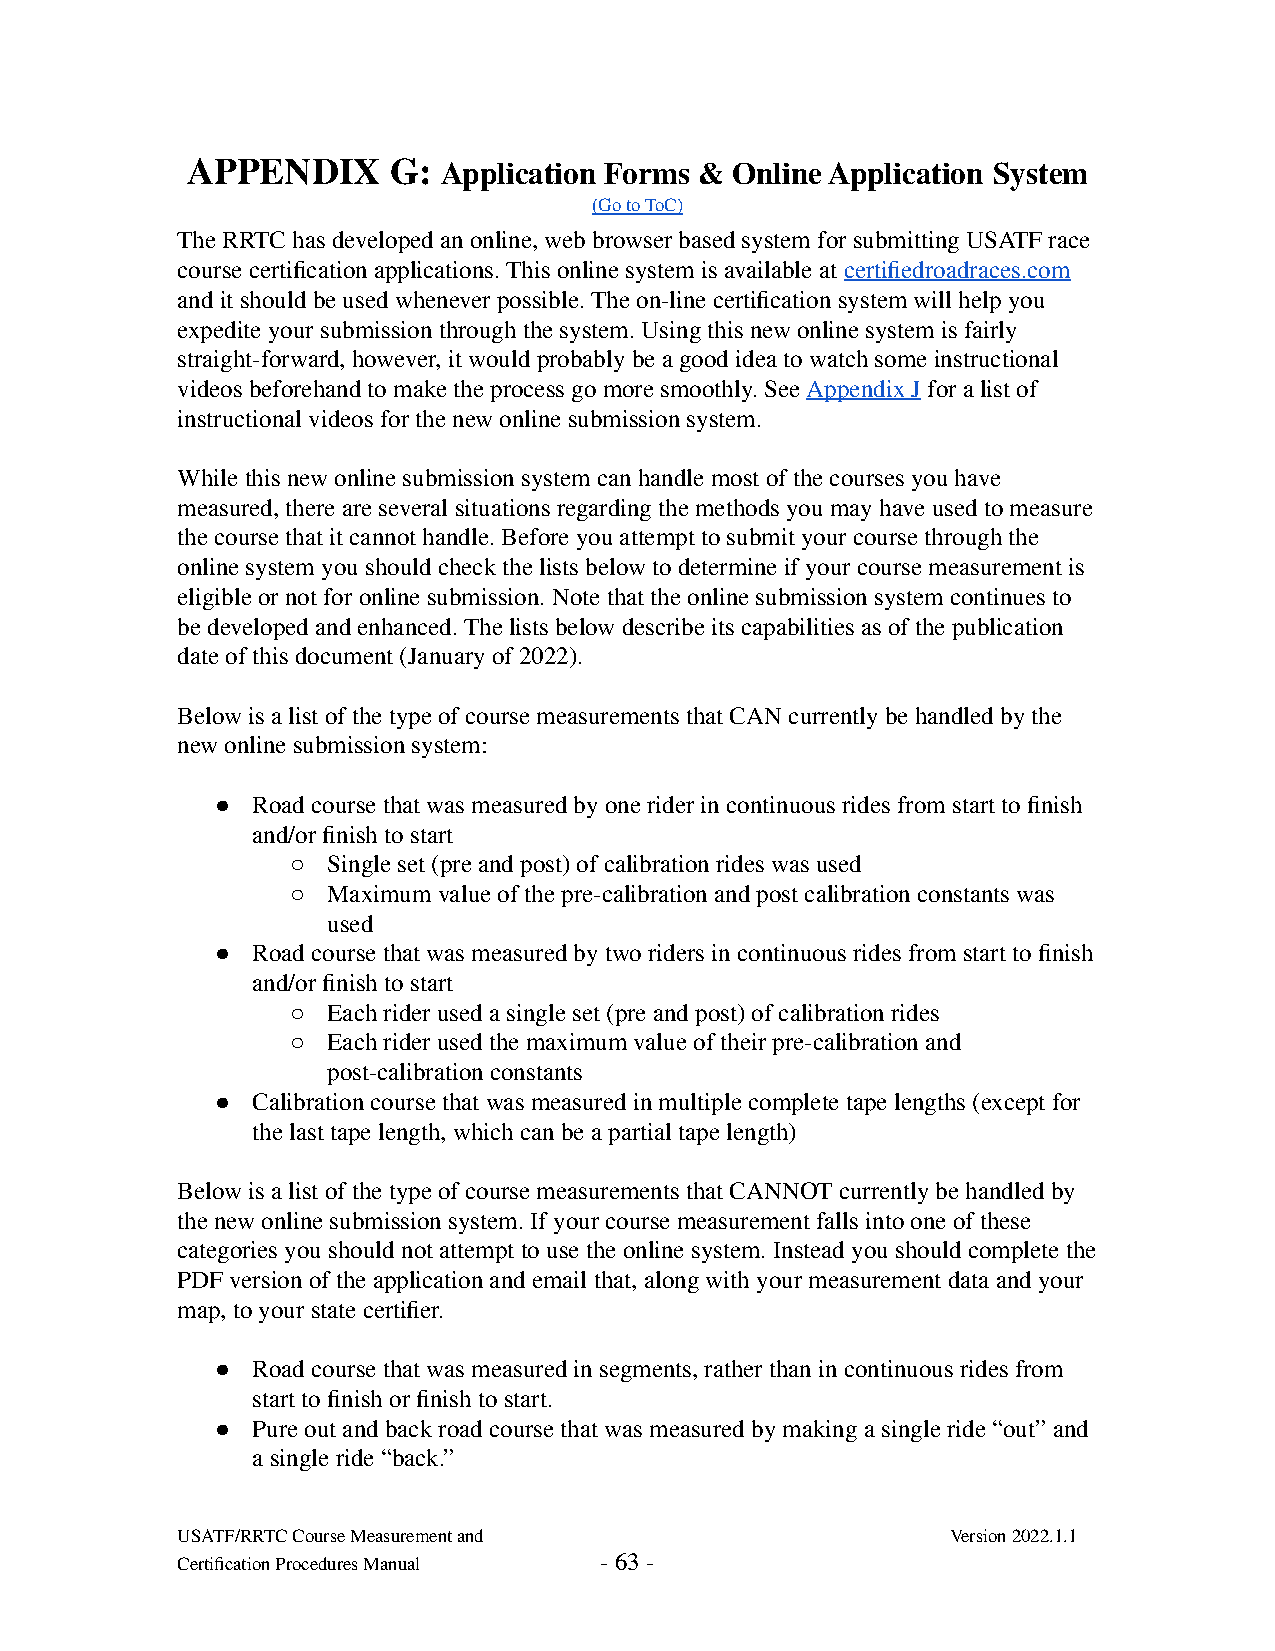
APPENDIX      G: Application Forms & Online Application System
 (Go to ToC)
 The RRTC has developed an online, web browser based system for submitting USATF race
 course certification applications. This online system is available at certifiedroadraces.com
 and it should be used whenever possible. The on-line certification system will help you
 expedite your submission through the system. Using this new online system is fairly
 straight-forward, however, it would probably be a good idea to watch some instructional
 videos beforehand to make the process go more smoothly. See Appendix J for a list of
 instructional videos for the new online submission system.
 While this new online submission system can handle most of the courses you have
 measured, there are several situations regarding the methods you may have used to measure
 the course that it cannot handle. Before you attempt to submit your course through the
 online system you should check the lists below to determine if your course measurement is
 eligible or not for online submission. Note that the online submission system continues to
 be developed and enhanced. The lists below describe its capabilities as of the publication
 date of this document (January of 2022).
 Below is a list of the type of course measurements that CAN currently be handled by the
 new online submission system:
 ●  Road course that was measured by one rider in continuous rides from start to finish
 and/or finish to start
 ○  Single set (pre and post) of calibration rides was used
 ○  Maximum value of the pre-calibration and post calibration constants was
 used
 ●  Road course that was measured by two riders in continuous rides from start to finish
 and/or finish to start
 ○  Each rider used a single set (pre and post) of calibration rides
 ○  Each rider used the maximum value of their pre-calibration and
 post-calibration constants
 ●  Calibration course that was measured in multiple complete tape lengths (except for
 the last tape length, which can be a partial tape length)
 Below is a list of the type of course measurements that CANNOT currently be handled by
 the new online submission system. If your course measurement falls into one of these
 categories you should not attempt to use the online system. Instead you should complete the
 PDF version of the application and email that, along with your measurement data and your
 map, to your state certifier.
 ●  Road course that was measured in segments, rather than in continuous rides from
 start to finish or finish to start.
 ●  Pure out and back road course that was measured by making a single ride “out” and
 a single ride “back.”
 USATF/RRTC Course Measurement and                  Version 2022.1.1
 Certification Procedures Manual - 63 -